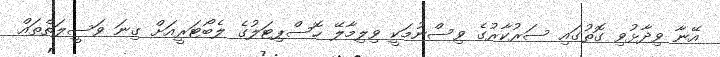
އޭނާ ވިދާޅުވި ގޮތުގައި ސަރުކާރުގެ ވިސްނުމަކީ ވިލިމާލޭ ހޮސްޕިޓަލުގެ ލެބޯޓަރީއަށް ގިނަ ވަސީލަތްތައް